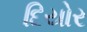
દિયોર